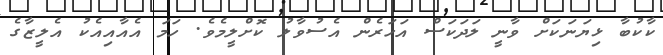
ކާކުބާ ޅިޔަނަކަށް ވާނީ ލަދަކަސް އަހަރެން އެސުވާލު ކޮށްލީމެވެ. ހަމަ އެއާއިއެކު އެލީޒާގެ